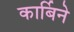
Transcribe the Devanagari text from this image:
कार्बिने